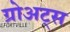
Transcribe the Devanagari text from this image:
ग्रोअट्स